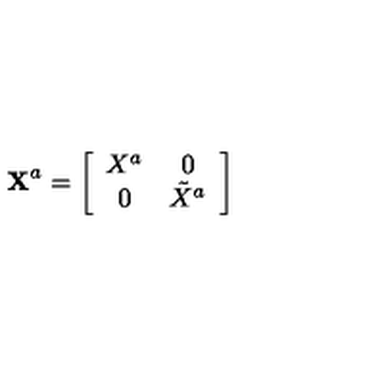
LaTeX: { \bf X } ^ { a } = \left[ \begin{array} { c c } { { X } ^ { a } } & { 0 } \\ { 0 } & { \tilde { X } ^ { a } } \\ \end{array} \right]